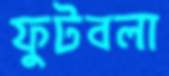
ফুটবলা